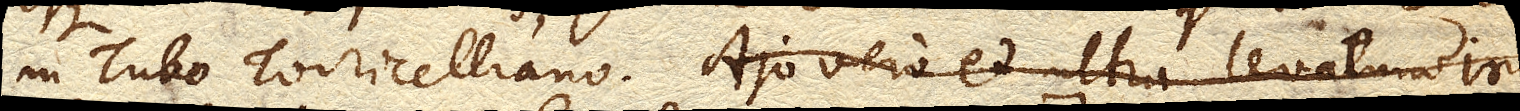
in Tubo Torricelliano. Ajo vero et ultra levatum iri